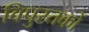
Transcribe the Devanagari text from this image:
विपुस्तकों